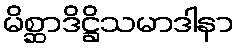
မိစ္ဆာဒိဋ္ဌိသမာဒါနာ